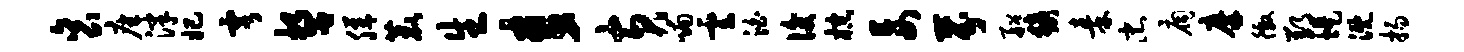
衮座津妃雩誓膳鹿生麦黄喃云泊后棕妄芬船猿秦忠扃摩徼郢堤溉扬